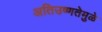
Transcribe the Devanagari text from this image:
अतिउष्णतेमुळे